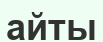
айты